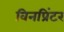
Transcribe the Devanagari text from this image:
विनप्रिंटर